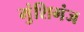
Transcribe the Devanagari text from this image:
मुंशिगंज